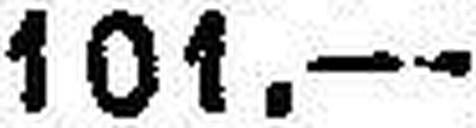
101.—